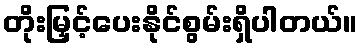
တိုးမြှင့်ပေးနိုင်စွမ်းရှိပါတယ်။